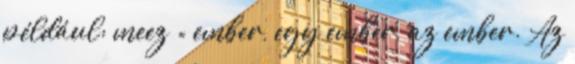
például: meez = ember, egy ember, az ember. Az